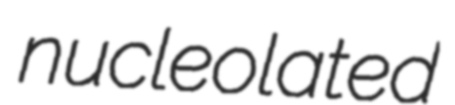
nucleolated